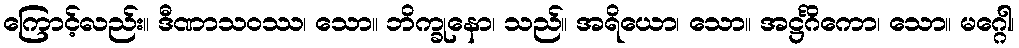
ကြောင့်လည်း။ ဒီဏာသဝဿ၊ သော။ ဘိက္ခုနော၊ သည်။ အရိယော၊ သော။ အဋ္ဌင်္ဂိကော၊ သော။ မဂ္ဂေါ၊